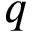
q